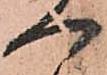
へ